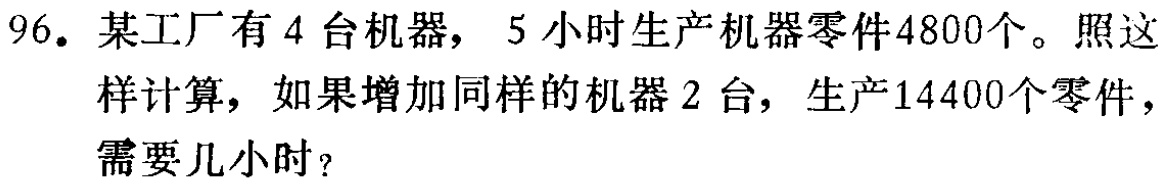
96. 某工厂有4台机器，5小时生产机器零件4800个。照这样计算，如果增加同样的机器2台，生产14400个零件，需要几小时？